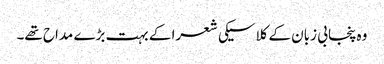
وہ پنجابی زبان کے کلاسیکی شعرا کے بہت بڑے مداح تھے۔